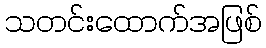
သတင်းထောက်အဖြစ်